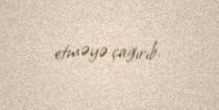
etməyə çağırıb.